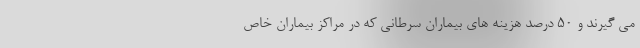
می گیرند و ۵۰ درصد هزینه های بیماران سرطانی که در مراکز بیماران خاص